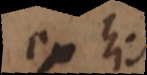
ex his